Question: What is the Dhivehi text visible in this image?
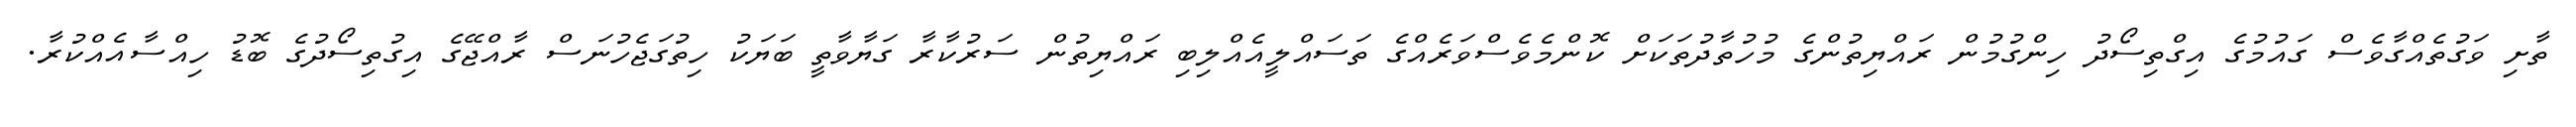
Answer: ތާށި ވަގުތެއްގާވެސް ގައުމުގެ އިގްތިސޯދު ހިންގުމުން ރައްޔިތުންގެ މުހުތާދުތަކަށް ކޮންމެވެސްވަރެއްގެ ތަސައްލީއެއްލިބި ރައްޔިތުން ސަރުކާރާ ގަޔާވާތީ ބަޔަކު ހިތުގަޖެހުނަސް ރާއްޖޭގެ އިގުތިސޯދުގެ ބޮޑު ހިއްސާއެއްކުރާ.